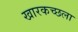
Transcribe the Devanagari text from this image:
खारकच्छला